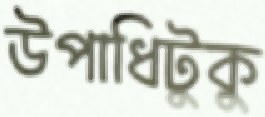
উপাধিটুকু